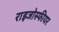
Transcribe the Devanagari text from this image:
राइजोस्फीयर